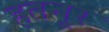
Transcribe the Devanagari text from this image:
हतनूर